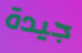
جيدة